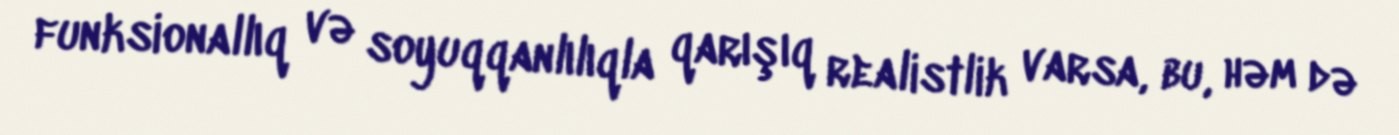
funksionallıq və soyuqqanlılıqla qarışıq realistlik varsa, bu, həm də